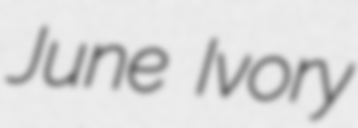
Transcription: June Ivory